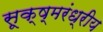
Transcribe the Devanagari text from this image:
सूक्ष्मरंध्रीय